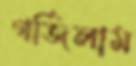
গর্জিলাম